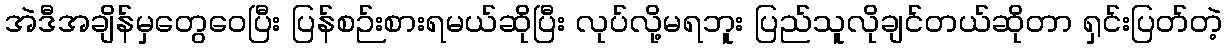
အဲဒီအချိန်မှတွေဝေပြီး ပြန်စဉ်းစားရမယ်ဆိုပြီး လုပ်လို့မရဘူး ပြည်သူလိုချင်တယ်ဆိုတာ ရှင်းပြတ်တဲ့